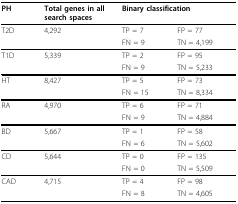
| PH | Total genes in all search spaces | <COLSPAN=2> Binary classification |
 | --- | --- | --- | --- |
 | T2D | 4,292 | TP = 7 | FP = 77 |
 |  |  | FN = 9 | TN = 4,199 |
 | T1D | 5,339 | TP = 2 | FP = 95 |
 |  |  | FN = 9 | TN = 5,233 |
 | HT | 8,427 | TP = 5 | FP = 73 |
 |  |  | FN = 15 | TN = 8,334 |
 | RA | 4,970 | TP = 6 | FP = 71 |
 |  |  | FN = 9 | TN = 4,884 |
 | BD | 5,667 | TP = 1 | FP = 58 |
 |  |  | FN = 6 | TN = 5,602 |
 | CD | 5,644 | TP = 0 | FP = 135 |
 |  |  | FN = 0 | TN = 5,509 |
 | CAD | 4,715 | TP = 4 | FP = 98 |
 |  |  | FN = 8 | TN = 4,605 |